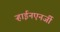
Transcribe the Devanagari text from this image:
ऱ्हाईनएनर्जी